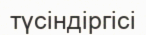
түсіндіргісі